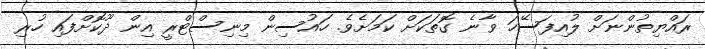
ރައްޔިތުންނަށް ލުއިފަސޭހަ ވާނެ ގޮތަކަށް ކަމަށެވެ. ހައުސިން މިނިސްޓްރީ އިން ދޫކޮށްފައި ހުރި